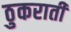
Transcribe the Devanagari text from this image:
ठुकराती